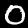
Label: 0